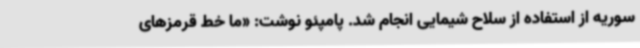
سوریه از استفاده از سلاح شیمایی انجام شد. پامپئو نوشت‌: «ما خط قرمزهای